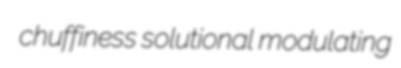
chuffiness solutional modulating